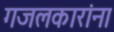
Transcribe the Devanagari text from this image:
गजलकारांना